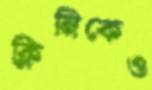
ক্লিনিকেও